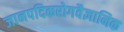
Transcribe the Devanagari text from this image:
जानपदिकरोगवैज्ञानिक